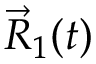
\vec { R } _ { 1 } ( t )